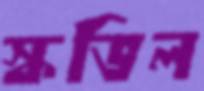
স্কভিল